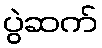
ပွဲဆက်